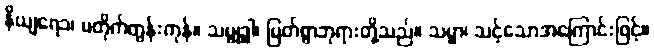
နိယျရေ၁၊ မတိုက်တွန်းကုန်။ သမ္ဗုဒ္ဓါ၊ မြတ်စွာဘုရားတို့သည်။ သမ္မာ၊ သင့်သောအကြောင်းဖြင့်။